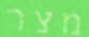
מצר